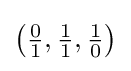
{\bigl (}{\tfrac {0}{1}},{\tfrac {1}{1}},{\tfrac {1}{0}}{\bigr )}